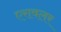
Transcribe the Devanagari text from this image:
एरावलर